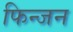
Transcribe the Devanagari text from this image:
फिन्जन